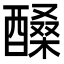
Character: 𨢆